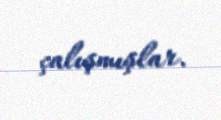
çalışmışlar.